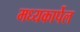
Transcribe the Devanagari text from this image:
मध्यकार्पेल